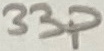
Text: 33p